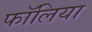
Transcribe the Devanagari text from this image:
फॉलिया